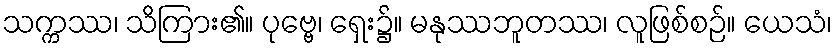
သက္ကဿ၊ သိကြား၏။ ပုဗ္ဗေ၊ ရှေး၌။ မနုဿဘူတဿ၊ လူဖြစ်စဉ်။ ယေသံ၊